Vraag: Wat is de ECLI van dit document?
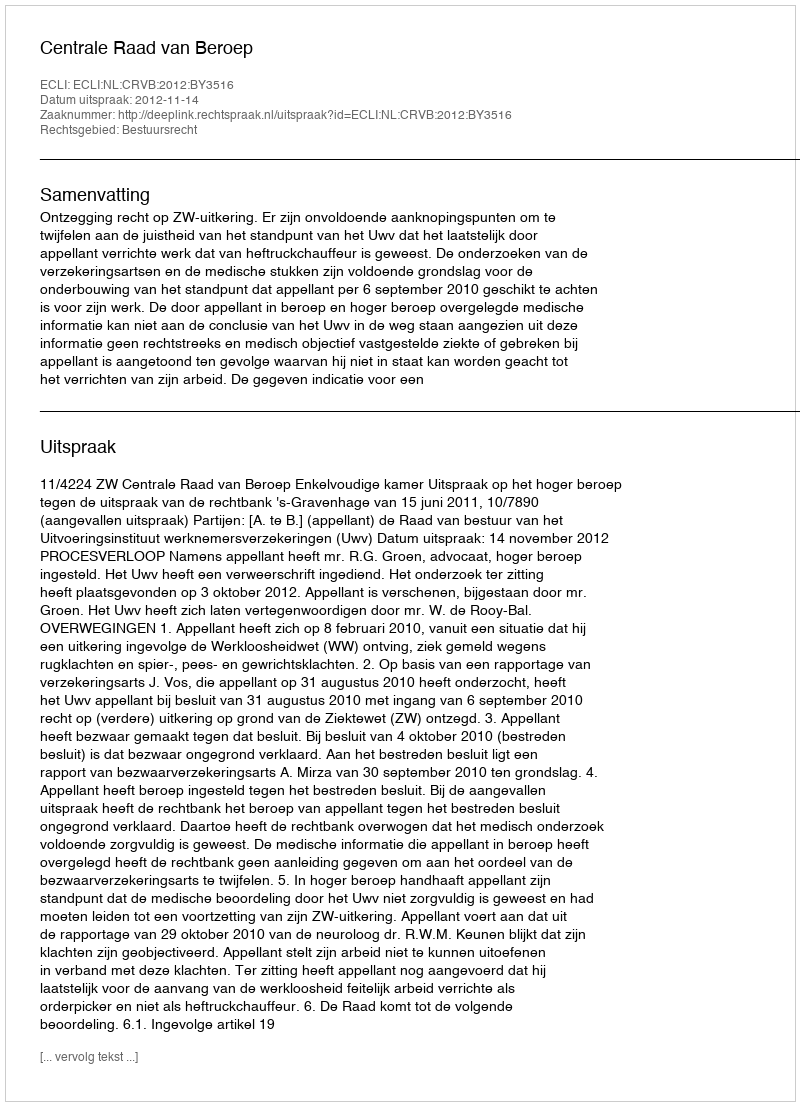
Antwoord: ECLI:NL:CRVB:2012:BY3516